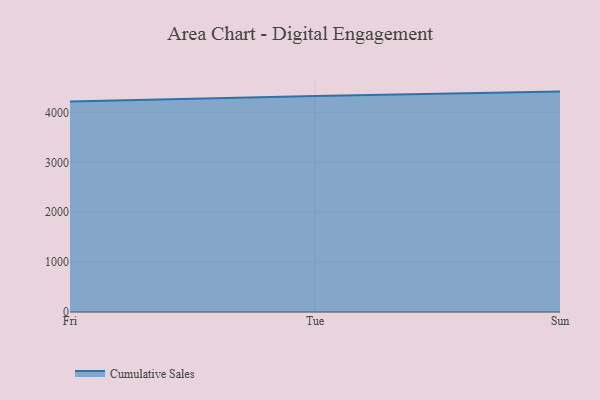
{"axis": {"x": "Day", "y": "Customer Acquisition Cost (USD)"}, "legend": ["Cumulative Sales"], "data": [{"x": "Fri", "y": 4220.0, "type": "Cumulative Sales"}, {"x": "Tue", "y": 4327.9, "type": "Cumulative Sales"}, {"x": "Sun", "y": 4417.5, "type": "Cumulative Sales"}]}